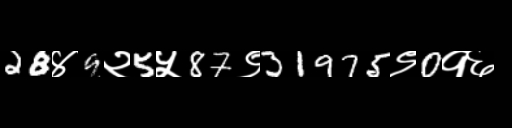
Text: 28४9२5५87९31975९0१६